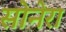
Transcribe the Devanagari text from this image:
सोनेरा